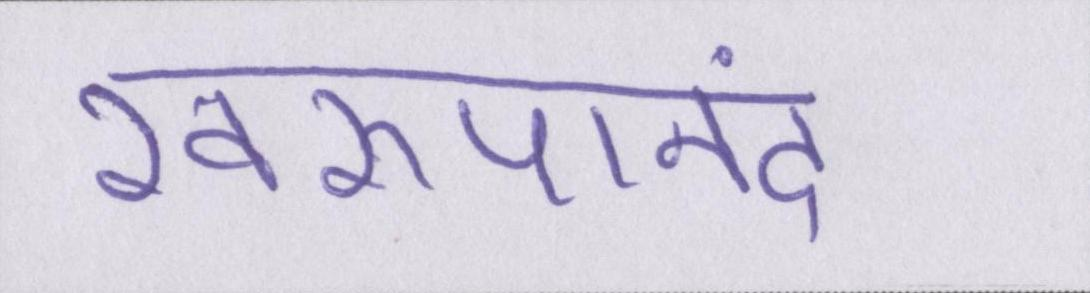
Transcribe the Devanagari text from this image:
स्वरूपानंद